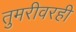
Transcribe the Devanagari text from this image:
तुमरीवरही